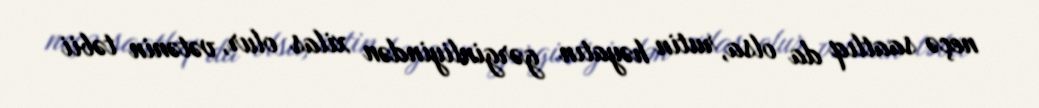
neçə saatlıq da olsa, rutin həyatın gərginliyindən xilas olur, vətənin təbii